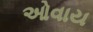
ઓવાય